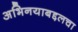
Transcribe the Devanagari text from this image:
अभिनयाबद्दलचा